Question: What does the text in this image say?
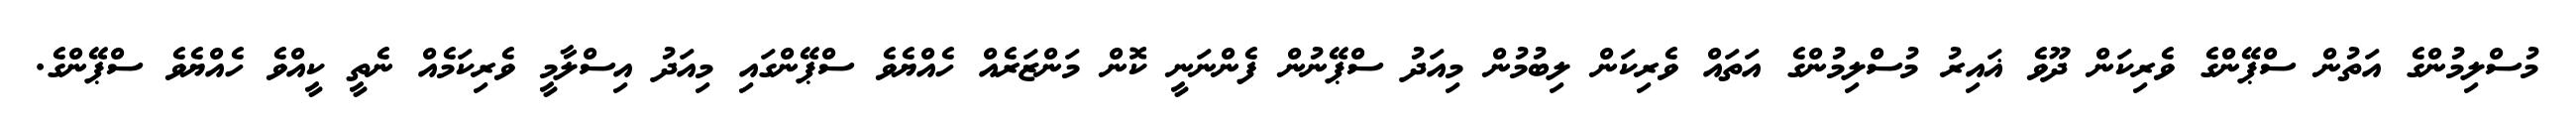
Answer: މުސްލިމުންގެ އަތުން ސްޕޭންގެ ވެރިކަން ދޫވެ ޣައިރު މުސްލިމުންގެ އަތައް ވެރިކަން ލިބުމުން މިއަދު ސްޕޭނުން ފެންނަނީ ކޮން މަންޒަރެއް ހެއްޔެވެ ސްޕޭންގައި މިއަދު އިސްލާމީ ވެރިކަމެއް ނެތީ ކީއްވެ ހެއްޔެވެ ސްޕޭންގެ.